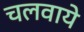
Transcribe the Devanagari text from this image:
चलवाये